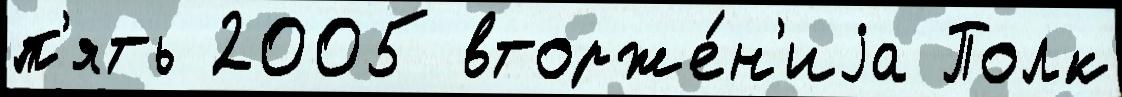
п'ять 2005 вторже́н'иjа Полк